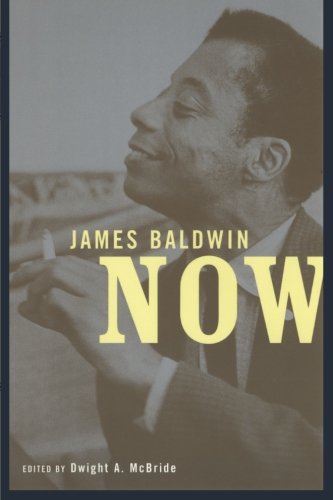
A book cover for James Baldwin Now; Gay & Lesbian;